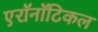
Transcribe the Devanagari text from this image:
एरॉनॉटिकल